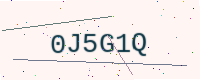
Text: 0J5G1Q